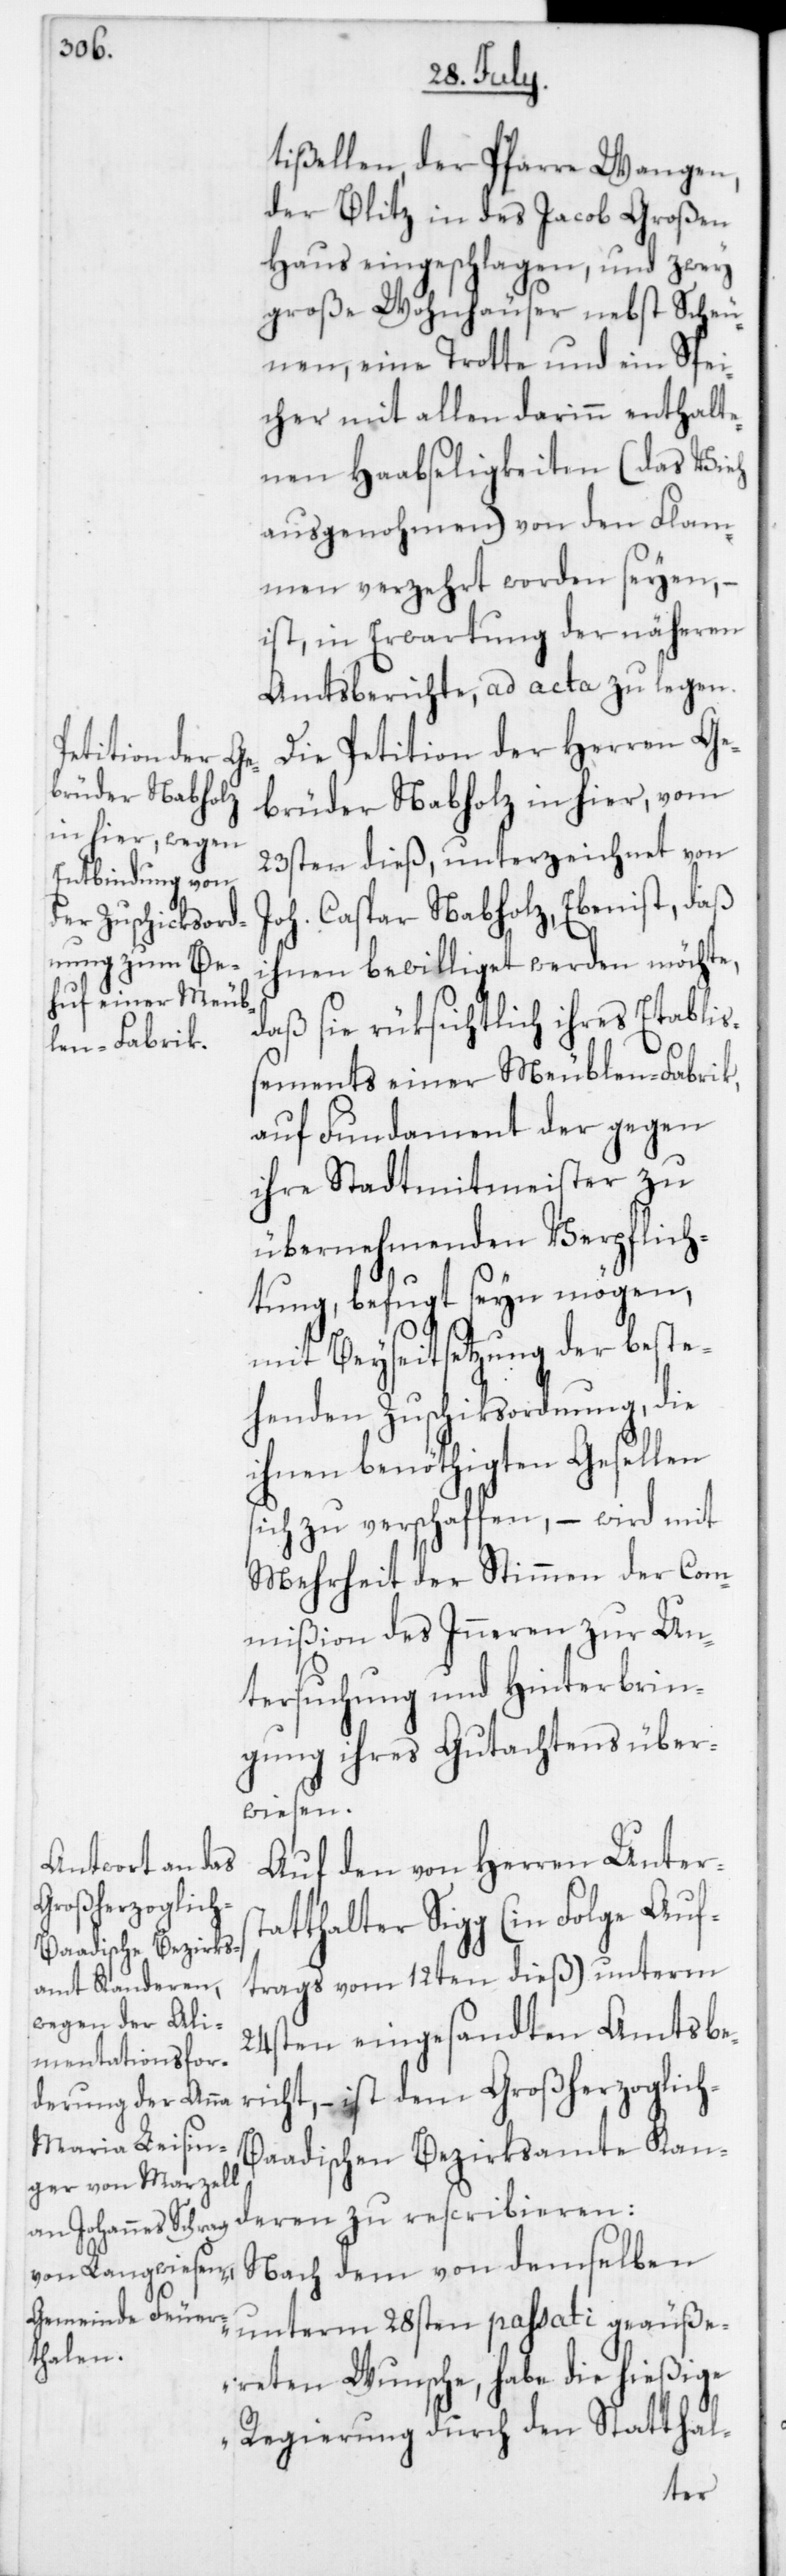
tißellen, der Pfarre Wangen,
der Blitz in des Jacob Großen
Haus eingeschlagen, und zwey
große Wohnhäuser nebst Scheu¬
nen, eine Trotte und ein Spei¬
cher mit allen darinn enthalte¬
nen Haabseligkeiten, (das Vieh
ausgenohmen) von den Flam¬
men verzehrt worden seyen, –
ist in Erwartung der näheren
Amtsberichte ad acta zu legen.
Die Petition der Herren Ge¬
brüder Nabholz in hier, vom
23sten dieß, unterzeichnet von
Joh. Caspar Nabholz, Ebenist, daß
ihnen bewilliget werden möchte,
daß die rüksichtlich ihres Etablis¬
sements einer Meublen-Fabrik,
auf Fundament der gegen
ihre Stadtmitmeister zu
übernehmenden Verpflich¬
tung, befugt seyn mögen,
mit Beyseitsetzung der beste¬
henden Zuschiksordnung, die
ihnen benöthigten Gesellen
sich zu verschaffen, – wird mit
Mehrheit der Stimmen der Com¬
mißion des Inneren zur Un¬
tersuchung und Hinterbrin¬
gung ihres Gutachtens über¬
wiesen.
Auf den von Herren Unterst¬
atthalter Sigg (in Folge Auft¬
rags vom 12ten dieß) unterm
24sten eingesandten Amtsbe¬
richt, ist dem Großherzoglic¬
aadischen Bezirksamte Kan¬
deren zu rescribieren:
Nach dem von demselben
unterm 28sten passati geäuße¬
reten Wunsche, habe die hießige
Regierung durch den Statthal-
h-B¬